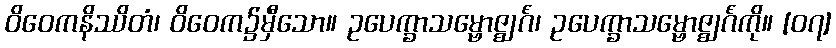
ဝိဝေကနိဿိတံ၊ ဝိဝေက၌မှီသော။ ဥပေက္ခာသမ္ဗောဇ္ဈင်္ဂံ၊ ဥပေက္ခာသမ္ဗောဇ္ဈင်္ဂံကို။ [၀၇]